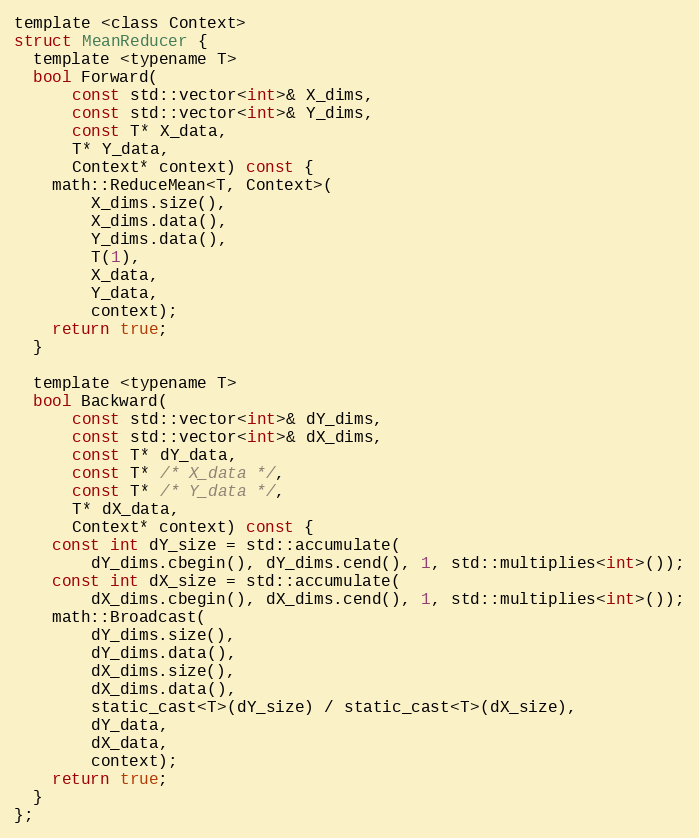
Language: C
template <class Context>
struct MeanReducer {
  template <typename T>
  bool Forward(
      const std::vector<int>& X_dims,
      const std::vector<int>& Y_dims,
      const T* X_data,
      T* Y_data,
      Context* context) const {
    math::ReduceMean<T, Context>(
        X_dims.size(),
        X_dims.data(),
        Y_dims.data(),
        T(1),
        X_data,
        Y_data,
        context);
    return true;
  }

  template <typename T>
  bool Backward(
      const std::vector<int>& dY_dims,
      const std::vector<int>& dX_dims,
      const T* dY_data,
      const T* /* X_data */,
      const T* /* Y_data */,
      T* dX_data,
      Context* context) const {
    const int dY_size = std::accumulate(
        dY_dims.cbegin(), dY_dims.cend(), 1, std::multiplies<int>());
    const int dX_size = std::accumulate(
        dX_dims.cbegin(), dX_dims.cend(), 1, std::multiplies<int>());
    math::Broadcast(
        dY_dims.size(),
        dY_dims.data(),
        dX_dims.size(),
        dX_dims.data(),
        static_cast<T>(dY_size) / static_cast<T>(dX_size),
        dY_data,
        dX_data,
        context);
    return true;
  }
};